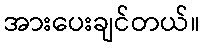
အားပေးချင်တယ်။